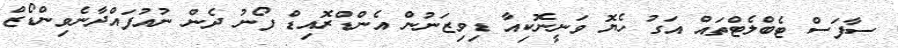
ސާފަސް ޓެބްލެޓްތައް އަގު ހެޔޮ ވަނީނޮކިއާ ޑިވިޒަނުން އެންޑްރޮއިޑް ފޯނު ދެން ނުއުފައްދާނެވިންޑޯޒް